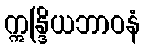
ဣန္ဒြိယဘာဝနံ